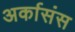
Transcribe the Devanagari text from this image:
अर्कासंस